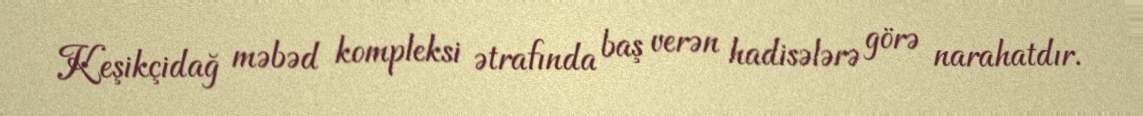
Keşikçidağ məbəd kompleksi ətrafında baş verən hadisələrə görə narahatdır.